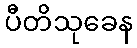
ပီတိသုခေန